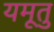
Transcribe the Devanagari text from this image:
यमूतु